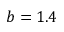
b = 1 . 4